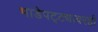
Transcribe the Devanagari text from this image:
भाडेपट्ट्यावरही